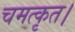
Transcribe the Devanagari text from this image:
चमत्कृत।